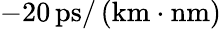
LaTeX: -20\, \mathrm{ps}/\left(\mathrm{km}\cdot\mathrm{nm}\right)